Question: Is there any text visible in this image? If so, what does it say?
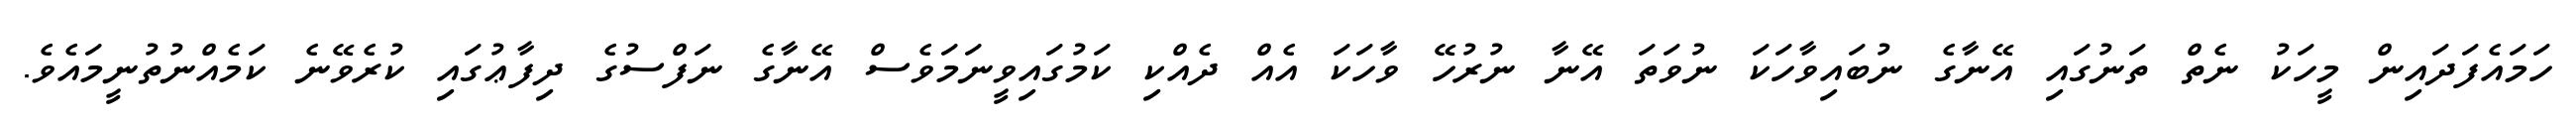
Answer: ހަމައެފަދައިން މީހަކު ނެތް ތަނުގައި އޭނާގެ ނުބައިވާހަކަ ނުވަތަ އޭނާ ނުރުހޭ ވާހަކަ އެއް ދެއްކި ކަމުގައިވީނަމަވެސް އޭނާގެ ނަފްސުގެ ދިފާޢުގައި ކުރެވޭނެ ކަމެއްނުތުނީމައެވެ.